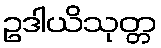
ဥဒါယိသုတ္တ